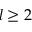
l \geq 2